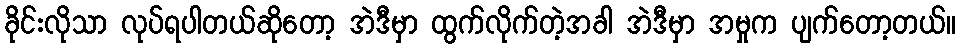
ခိုင်းလိုသာ လုပ်ရပါတယ်ဆိုတော့ အဲဒီမှာ ထွက်လိုက်တဲ့အခါ အဲဒီမှာ အမှုက ပျက်တော့တယ်။